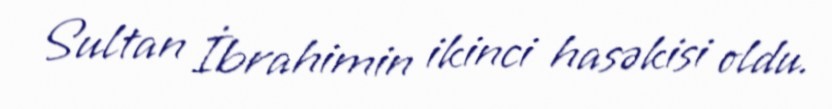
Sultan İbrahimin ikinci hasəkisi oldu.